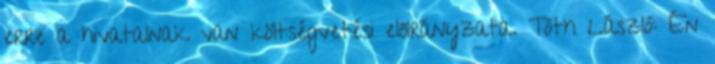
erre a hivatalnak van költségvetési előirányzata. Tóth László: Én